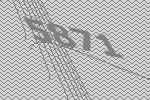
5871